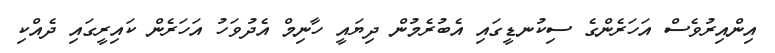
އިންއިރުވެސް އަހަރެންގެ ސިކުނޑީގައި އެބުރެމުން ދިޔައީ ހާނިމް އެދުވަހު އަހަރެން ކައިރީގައި ދެއްކި